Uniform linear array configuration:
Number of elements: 12
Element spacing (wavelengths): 0.25
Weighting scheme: uniform
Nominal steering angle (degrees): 45
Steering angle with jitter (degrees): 43.043
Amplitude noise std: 0.05
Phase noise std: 0.05

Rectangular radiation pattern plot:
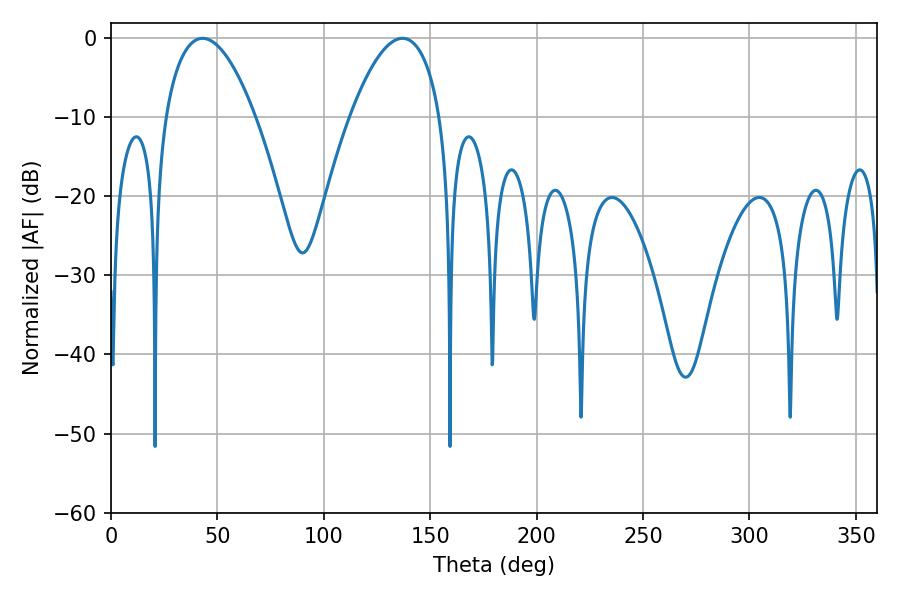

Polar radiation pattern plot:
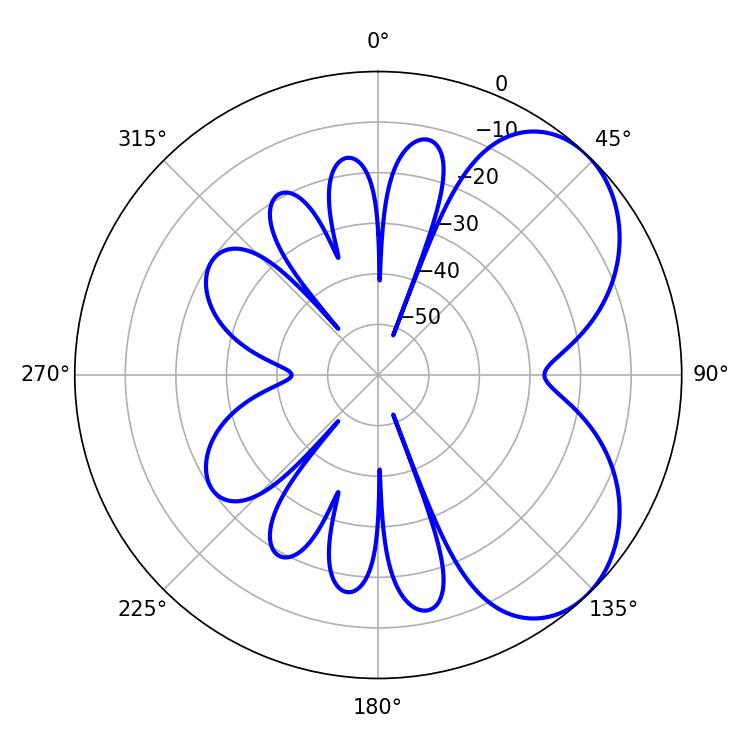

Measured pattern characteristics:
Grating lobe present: FALSE
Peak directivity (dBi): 5.182
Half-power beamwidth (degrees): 23.58
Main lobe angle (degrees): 43.02